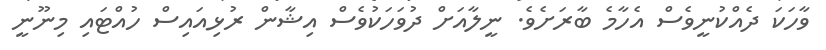
ވާހަކަ ދެއްކުނީވެސް އެހާމެ ބާރަށެވެ. ނީލާއަށް ދުވަހަކުވެސް އިޝާން ރުޅިއައިސް ހުއްޓައި މިނޫނީ